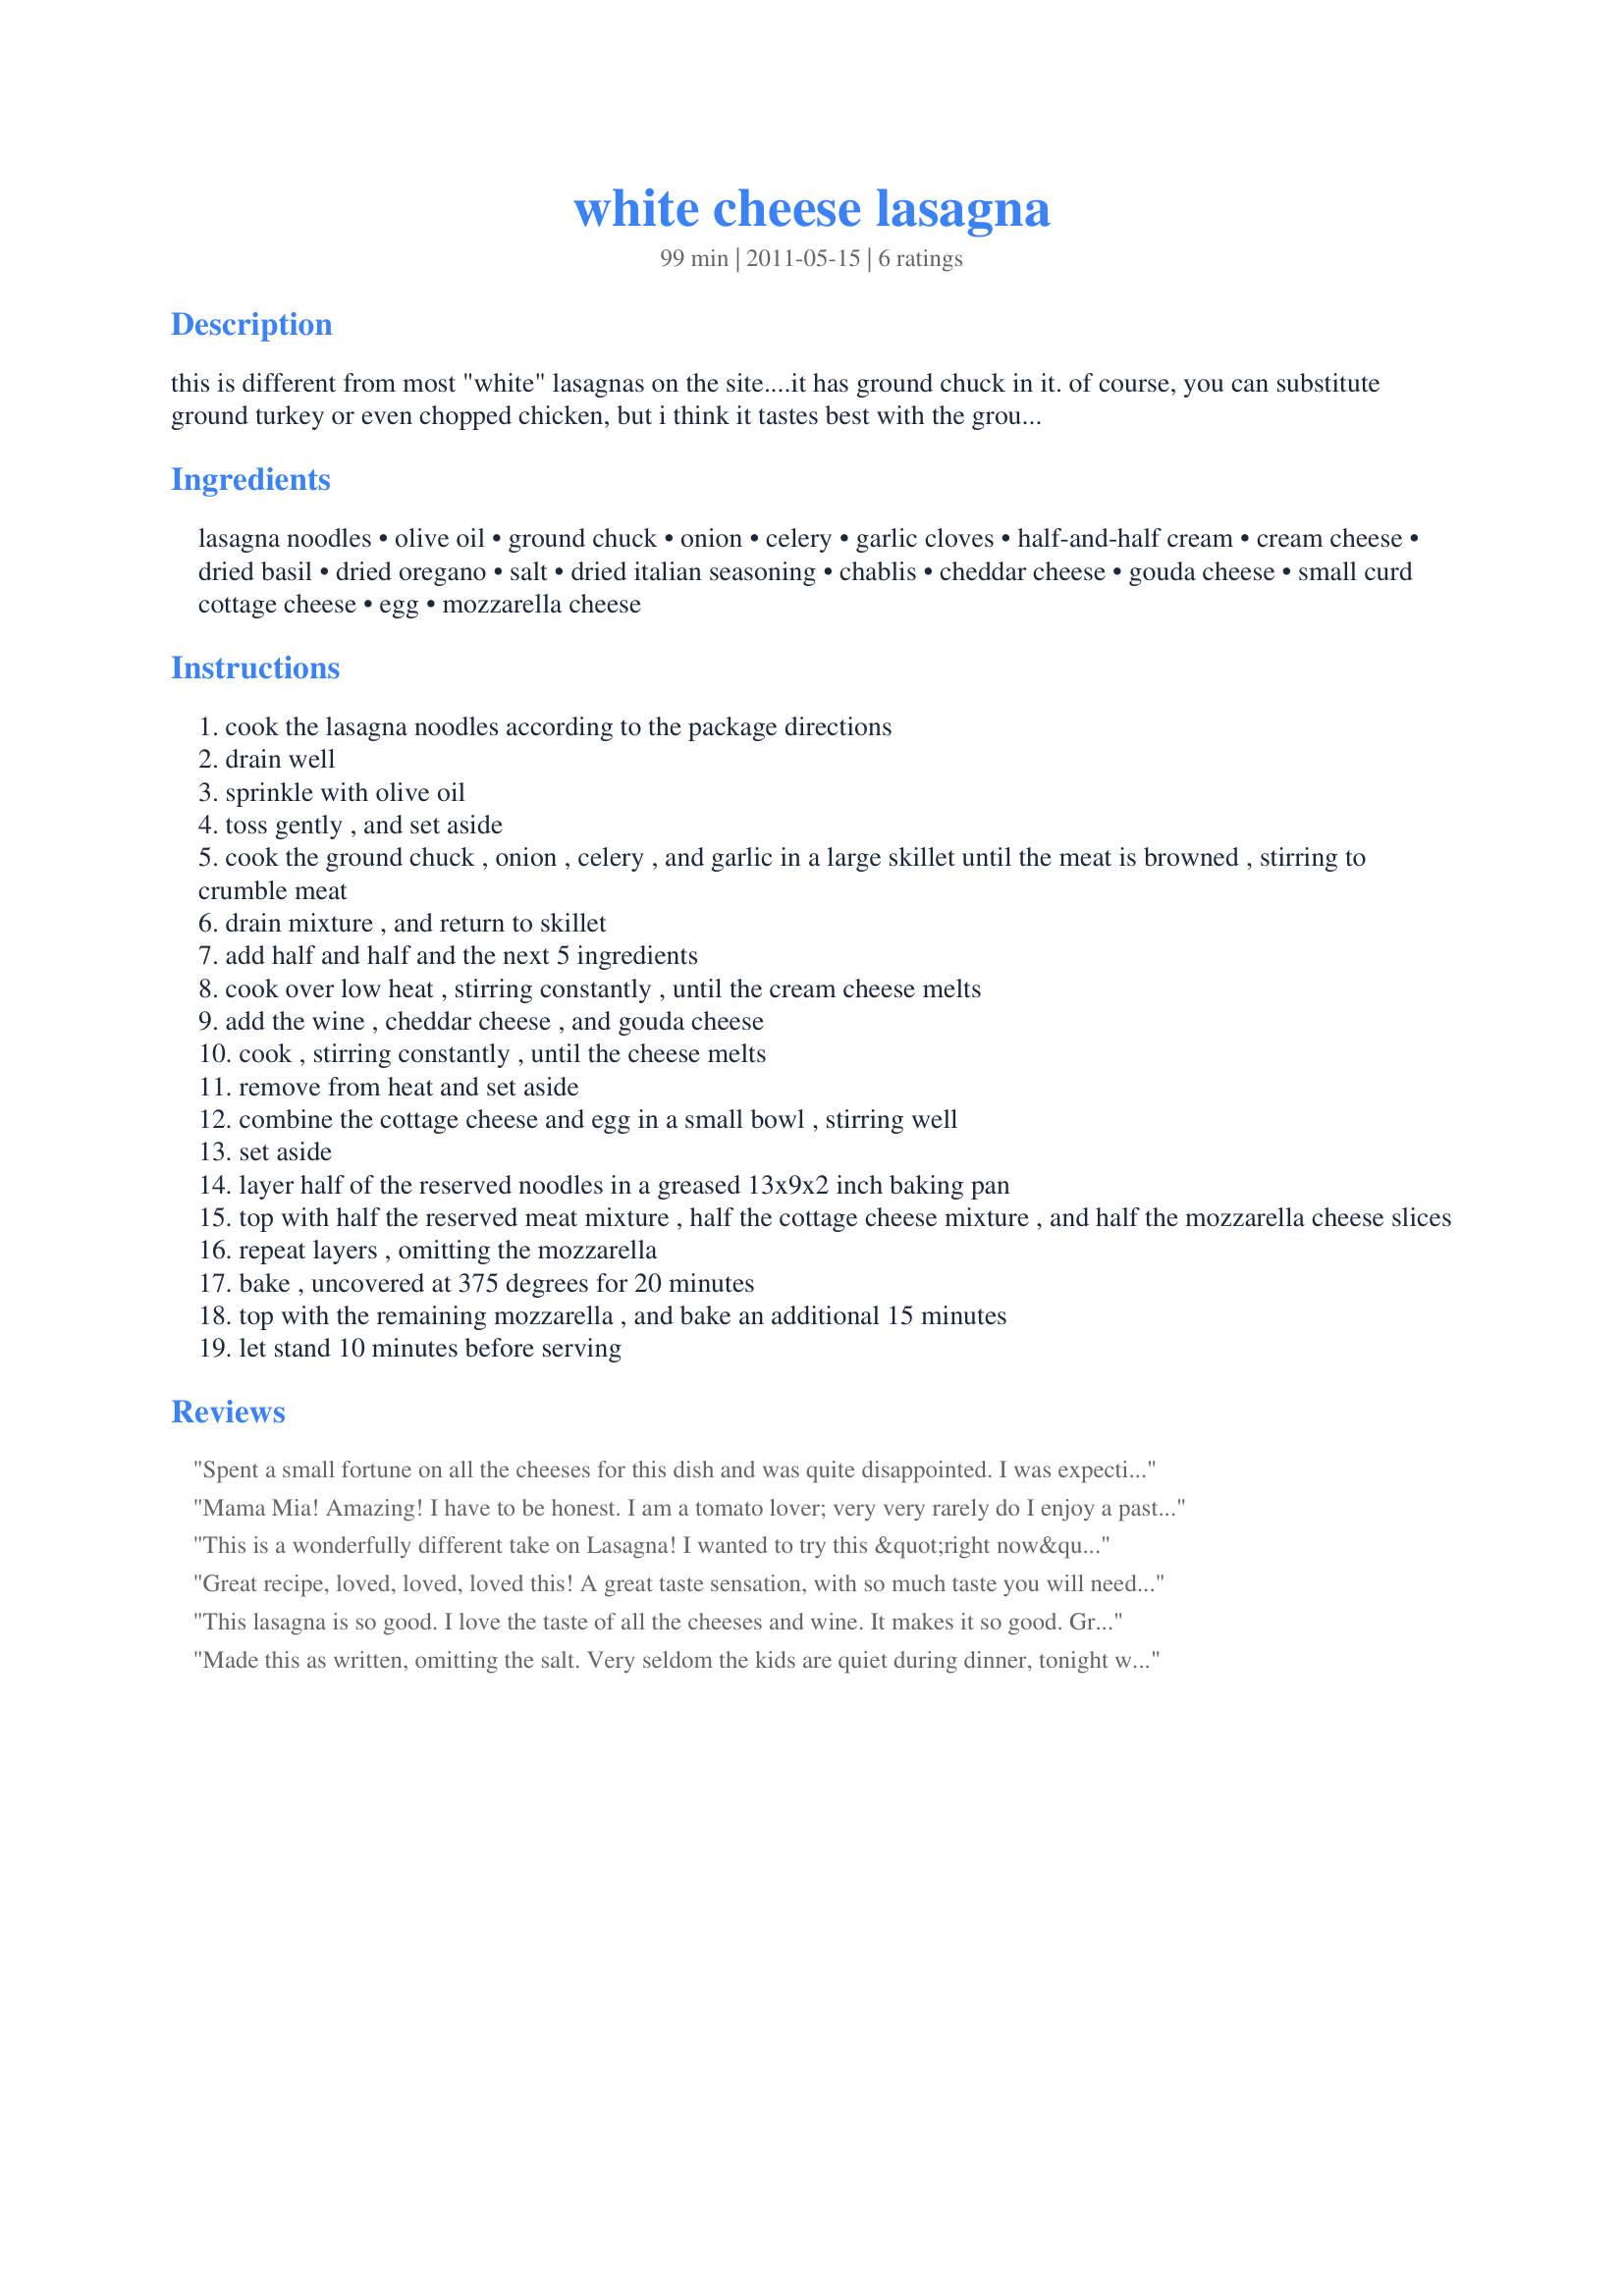
white cheese lasagna
Preparation time: 99 minutes

this is different from most "white" lasagnas on the site....it has ground chuck in it. of course, you can substitute ground turkey or even chopped chicken, but i think it tastes best with the ground chuck. this is very creamy, cheesy, and rich!

Ingredients:
lasagna noodles, olive oil, ground chuck, onion, celery, garlic cloves, half-and-half cream, cream cheese, dried basil, dried oregano, salt, dried italian seasoning, chablis, cheddar cheese, gouda cheese, small curd cottage cheese, egg, mozzarella cheese

Steps:
cook the lasagna noodles according to the package directions
drain well
sprinkle with olive oil
toss gently , and set aside
cook the ground chuck , onion , celery , and garlic in a large skillet until the meat is browned , stirring to crumble meat
drain mixture , and return to skillet
add half and half and the next 5 ingredients
cook over low heat , stirring constantly , until the cream cheese melts
add the wine , cheddar cheese , and gouda cheese
cook , stirring constantly , until the cheese melts
remove from heat and set aside
combine the cottage cheese and egg in a small bowl , stirring well
set aside
layer half of the reserved noodles in a greased 13x9x2 inch baking pan
top with half the reserved meat mixture , half the cottage cheese mixture , and half the mozzarella cheese slices
repeat layers , omitting the mozzarella
bake , uncovered at 375 degrees for 20 minutes
top with the remaining mozzarella , and bake an additional 15 minutes
let stand 10 minutes before serving

Reviews:
Spent a small fortune on all the cheeses for this dish and was quite disappointed. I was expecting a creamy rich lasagna, and it was not. I followed recipe as directed and ended up throwing 3/4 of it away. I make my red sauce lasagna with cottage cheese as well, and we LOVE it that way. This recipe just had way too much cheese.
Mama Mia! Amazing! I have to be honest. I am a tomato lover; very very rarely do I enjoy a pasta dish that doesn't have a red sauce or a tomato component of some sort, but I was cooking for someone with a tomato allergy, so I went with it... And boy am I glad I did! This is creamy, gooey, lasagna-y goodness! I used 1/2 lb beef and subbed 2 cups chopped portabellas for the other 1/2 lb, but otherwise followed the recipe. I'll still make regular lasagna, but this will be my go-to when I want something a little different!
This is a wonderfully different take on Lasagna! I wanted to try this &quot;right now&quot;, so I used ingredients that I had on hand. I substituted chicken stock for the white wine and sour cream for the cottage cheese. I left out the Gouda, but added chopped zucchini and mushrooms to amp up the health factor. I used 15 no-bake lasagna noodles in my 13x9 inch pan and they worked perfectly (baking covered for 25 minutes and uncovered with the cheese for 10 minutes). My husband loved this and I plan to make it again for my parents to try it. Thanks for posting!
Great recipe, loved, loved, loved this! A great taste sensation, with so much taste you will need to slap yourself. I followed this exactly, the gouda was over-the-top goodness wrapped up in it. I did bake mine longer, exactly 50 minutes. Great recipe from a great lady! Made for ZWT7
This lasagna is so good. I love the taste of all the cheeses and wine. It makes it so good. Great choice of spices also. I omitted the salt. Instead of gouda cheese, I used monterey jack. Thanks breezermom :) Made for the Count Dracula and His Hot Bites for ZWT7
Made this as written, omitting the salt. Very seldom the kids are quiet during dinner, tonight was the case as they were eating, and enjoying. Loved the fact that the different cheeses and made for a nice enjoyable meal. If you are looking for a cheesy lasagna this would fit the bill. Served this with your recipe#393320#393320, as well as your win in Football Pool.
